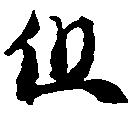
但